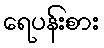
ရေပန်းစား